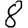
Digit: 8